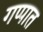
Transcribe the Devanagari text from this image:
गप्पात